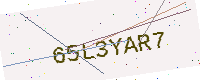
Text: 65L3YAR7